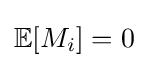
\mathbb {E} [M_{i}]=0